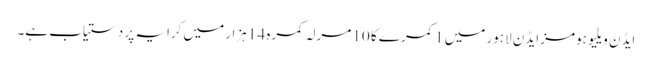
ایڈن ویلیو ہومز ایڈن لاہور میں 1 کمرے کا 10 مرلہ کمرہ 14 ہزار میں کرایہ پر دستیاب ہے۔